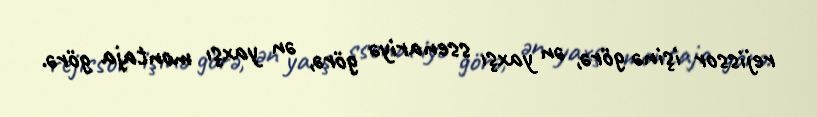
rejissor işinə görə, ən yaxşı ssenariyə görə, ən yaxşı montaja görə.